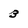
Character: 3